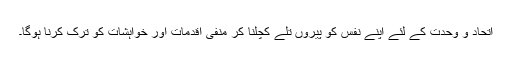
اتحاد و وحدت کے لئے اپنے نفس کو پیروں تلے کچلنا کر منفی اقدمات اور خواہشات کو ترک کرنا ہوگا۔